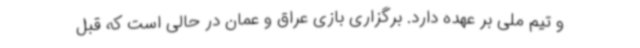
و تیم ملی بر عهده دارد. برگزاری بازی عراق و عمان در حالی است که قبل